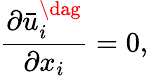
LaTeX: \frac{{\partial\bar{u}_{i}^{\dag}}}{{\partial{x_{i}}}}=0,